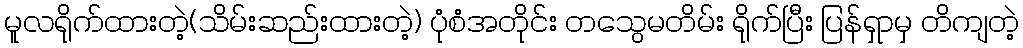
မူလရိုက်ထားတဲ့(သိမ်းဆည်းထားတဲ့) ပုံစံအတိုင်း တသွေမတိမ်း ရိုက်ပြီး ပြန်ရှာမှ တိကျတဲ့